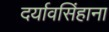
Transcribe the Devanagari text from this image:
दर्यावसिंहाना